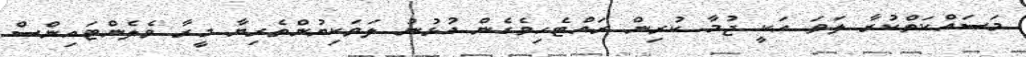
މަސައްކަތްކުރާ ލަވަ އަކީ ޖުމާ ކުރިން ރައްޓެހިވެގެން އުޅުނު ލަވަކިޔުންތެރިޔާ މީރާ ވެލެންޓައިންސް